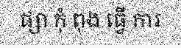
ផ្សា កុំ ពុង ធ្វើ ការ